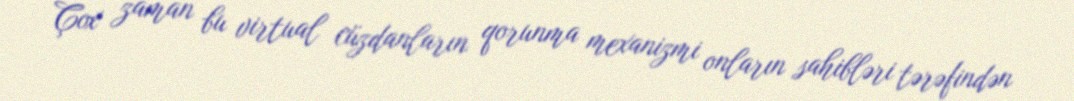
Çox zaman bu virtual cüzdanların qorunma mexanizmi onların sahibləri tərəfindən